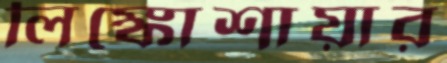
লিঙ্কোশায়ার